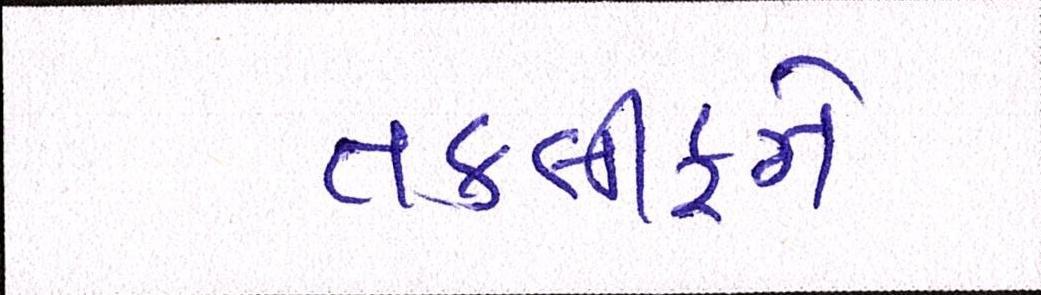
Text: તકલીફને